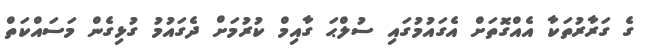
ގެ ގަރާރުތަކާ އެއްގޮތަށް އެގައުމުގައި ސުލްޙަ ގާއިމް ކުރުމަށް ދެގައުމު ގުޅިގެން މަސައްކަތް